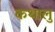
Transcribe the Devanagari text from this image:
कथालु